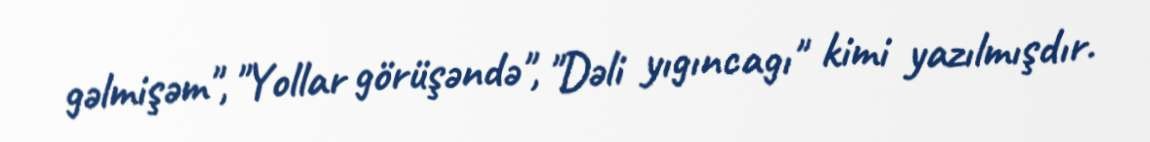
gəlmişəm", "Yollar görüşəndə", "Dəli yıgıncagı" kimi yazılmışdır.